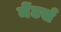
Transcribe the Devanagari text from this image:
मेंटर्स